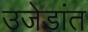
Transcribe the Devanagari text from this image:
उजेडांत